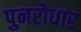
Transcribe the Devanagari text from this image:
पुनरोधार